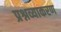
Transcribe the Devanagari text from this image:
प्रश्नव्याकरण